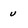
Character: v